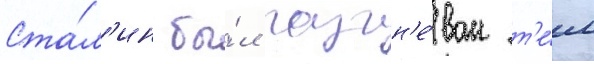
Ста́л'ин бы́л разгн'е́ван т'е́м